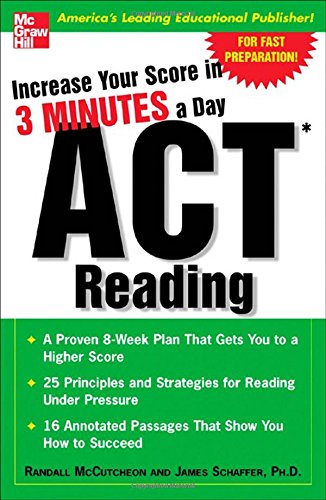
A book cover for Increase Your Score In 3 Minutes A Day: ACT Reading; Randall McCutcheon; Test Preparation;